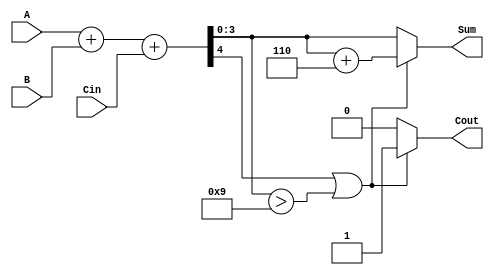
module BCD_Adder (
    input [3:0] A,        // First BCD input
    input [3:0] B,        // Second BCD input
    input Cin,            // Carry-in input
    output reg [3:0] Sum, // BCD sum output
    output reg Cout       // Carry-out output
);

    reg [4:0] temp_sum;   // 5-bit temporary sum to hold the addition result

    always @(*) begin
        // Step 1: Add inputs A, B, and Cin
        temp_sum = A + B + Cin;

        // Step 2: Check for BCD correction
        if (temp_sum[4] || (temp_sum[3:0] > 4'b1001)) begin
            // If there's a carry-out or if sum exceeds 9, add 6 for BCD correction
            temp_sum = temp_sum + 5'b00110; // Add 6 (0110 in binary)
            Cout = 1; // Set carry-out to 1
        end else begin
            Cout = 0; // No carry-out
        end

        // Step 3: Assign the final sum output
        Sum = temp_sum[3:0]; // Use the lower 4 bits for BCD output
    end

endmodule